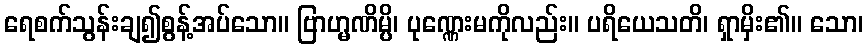
ရေစက်သွန်းချ၍စွန့်အပ်သော။ ဗြာဟ္မဏိမ္ပိ၊ ပုဏ္ဏေးမကိုလည်း။ ပရိယေသတိ၊ ရှာမှိး၏။ သော၊